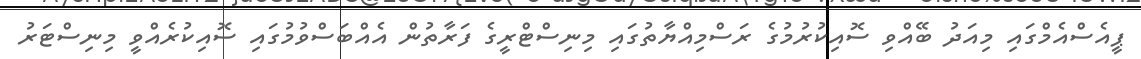
ޕީއެސްއެމްގައި މިއަދު ބޭއްވި ސޮއިކުރުމުގެ ރަސްމިއްޔާތުގައި މިނިސްޓްރީގެ ފަރާތުން އެއްބަސްވުމުގައި ސޮއިކުރެއްވީ މިނިސްޓަރު